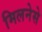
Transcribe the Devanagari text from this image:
मिलनेसे